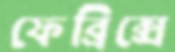
ফেব্রিক্সে